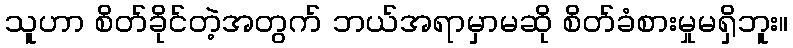
သူဟာ စိတ်ခိုင်တဲ့အတွက် ဘယ်အရာမှာမဆို စိတ်ခံစားမှုမရှိဘူး။